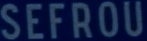
SEFROU